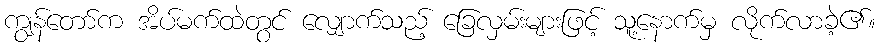
ကျွန်တော်က အိပ်မက်ထဲတွင် လျှောက်သည့် ခြေလှမ်းများဖြင့် သူ့နောက်မှ လိုက်လာခဲ့၏။